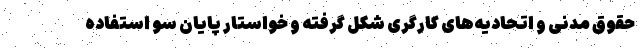
حقوق مدنی و اتحادیه‌های کارگری شکل گرفته و خواستار پایان سو استفاده